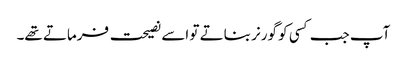
آپ جب کسی کو گورنر بناتے تو اسے نصیحت فرماتے تھے۔